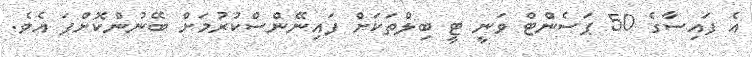
އެ ފައިސާގެ 50 ޕަސެންޓް ވަނީ ޓީ ބިލްތަކަށް ފައިނޭންސްކުރުމަށް ބޭނުންކޮށްފަ އެވެ.